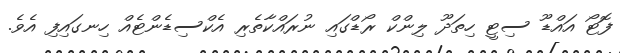
ފޮޓޯ އައްޑޫ ސިޓީ ހިތަދޫ ލިންކް ރޯޑްގައި ނުރައްކާތެރި އެކްސިޑެންޓެއް ހިނގައިފި އެވެ.